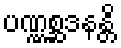
ပဏ္ဏစ္ဆဒနန္တိ